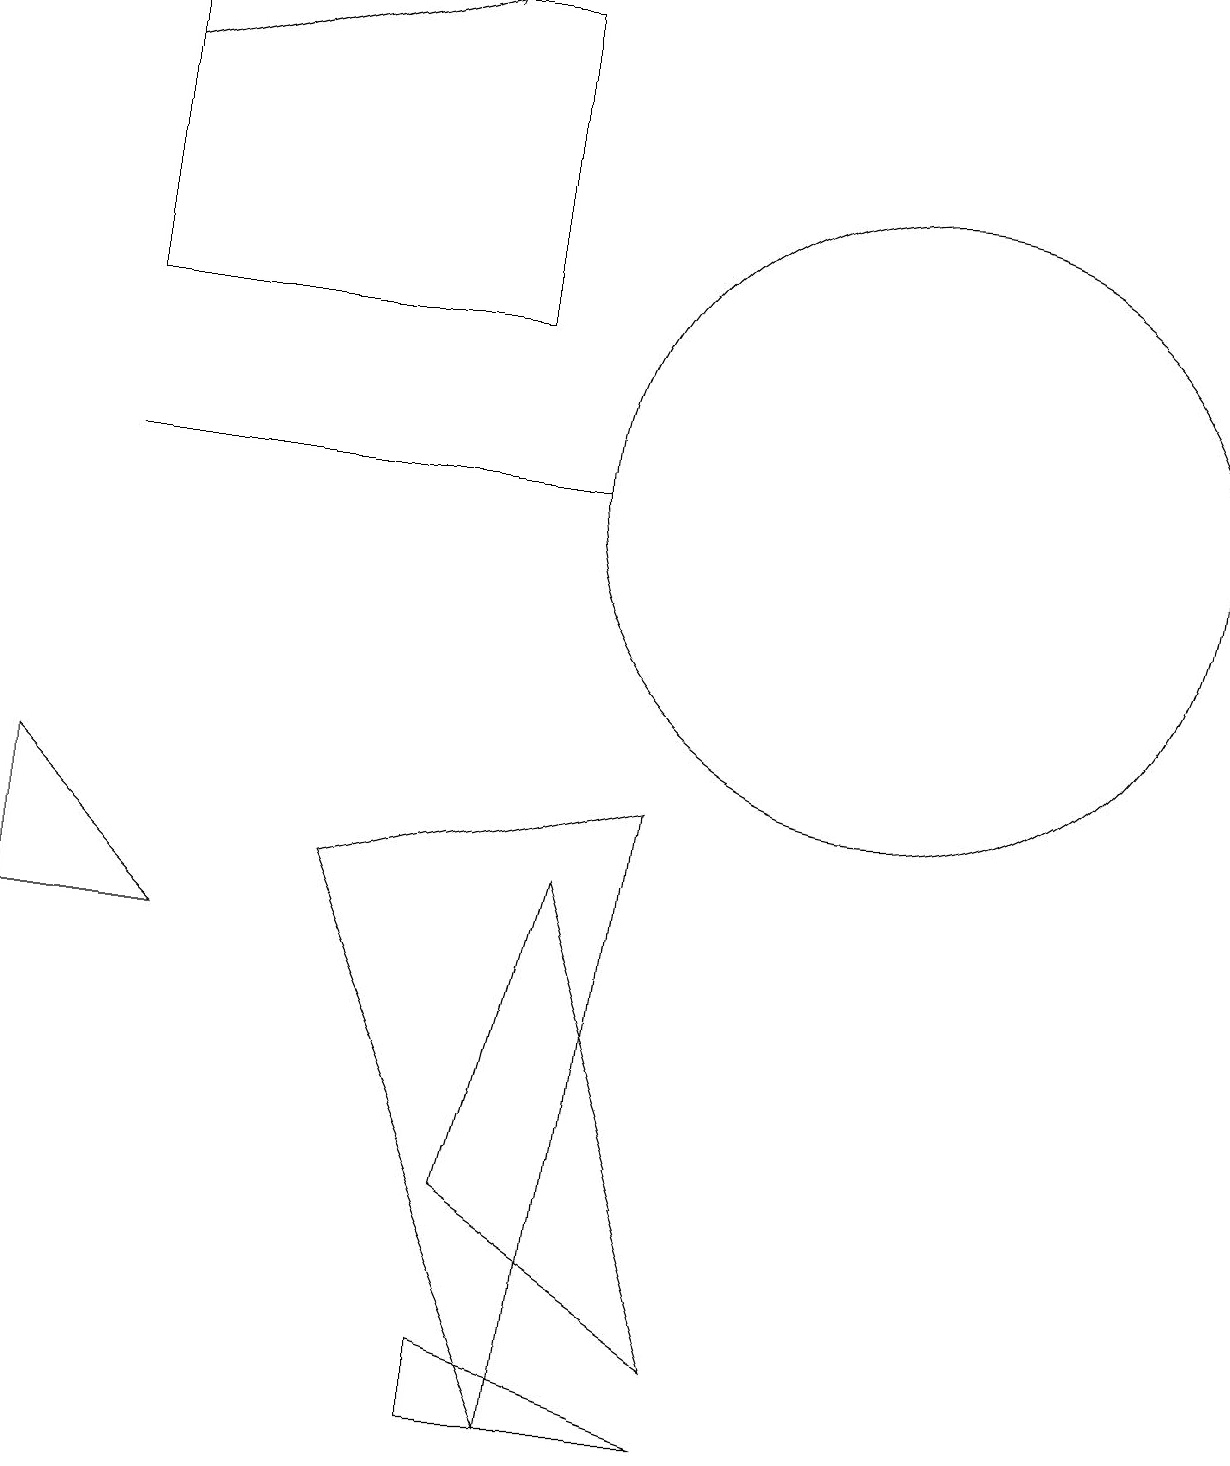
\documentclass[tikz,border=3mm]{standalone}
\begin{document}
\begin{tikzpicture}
\draw (9,1) -- (7,7) -- (6,3) -- cycle;
\draw (8,8) -- (4,7) -- (7,0) -- cycle;
\draw (6,14) rectangle (1,18);
\draw (1,12) rectangle (7,12);
\draw (2,6) -- (0,8) -- (0,6) -- cycle;
\draw[->] (1,17) -- (5,18);
\draw (9,0) -- (6,0) -- (6,1) -- cycle;
\draw (11,12) circle (4);
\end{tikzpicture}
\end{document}